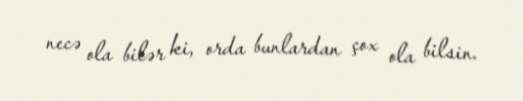
necə ola bilər ki, orda bunlardan çox ola bilsin.